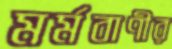
মর্মবাণীর